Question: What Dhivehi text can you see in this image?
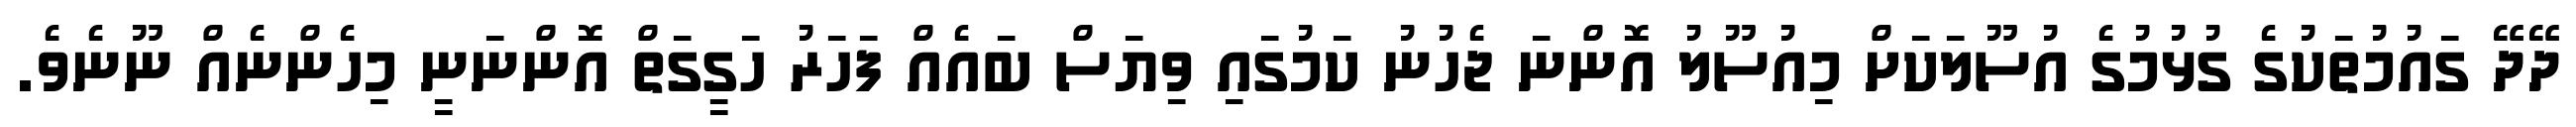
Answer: ދޭދޭ ގައުމުތަކުގެ ގުޅުމުގެ އުސޫލަކަށް މިއުސޫލު އޮންނަ ޖެހުނު ކަމުގައި ވިޔަސް ބައެއް ފަހަރު ހަގީގަތް އޮންނަނީ މިހެންނެއް ނޫނެވެ.